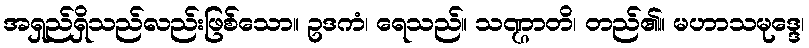
အရှည်ရှိသည်လည်းဖြစ်သော။ ဥဒကံ၊ ရေသည်။ သဏ္ဌာတိ၊ တည်၏။ မဟာသမုဒ္ဒေ၊